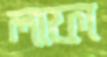
লাফা